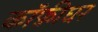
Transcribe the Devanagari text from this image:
कॉफ़ीघर